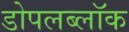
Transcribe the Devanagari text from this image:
डोपलब्लॉक